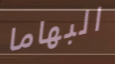
البهاما